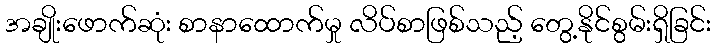
အချိုးဖောက်ဆုံး စာနာထောက်မှု လိပ်စာဖြစ်သည့် တွေ့နိုင်စွမ်းရှိခြင်း